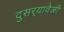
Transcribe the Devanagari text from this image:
दुसर्‍यावेळी